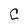
Character: C